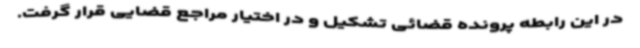
در این رابطه پرونده قضائی تشکیل و در اختیار مراجع قضایی قرار گرفت.